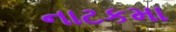
નાટકમા